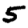
Digit: 5